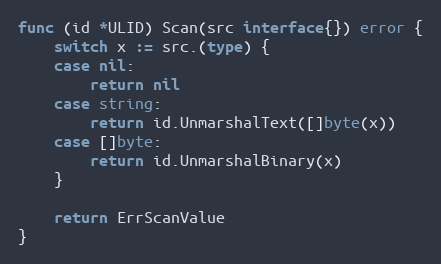
Language: Go
func (id *ULID) Scan(src interface{}) error {
	switch x := src.(type) {
	case nil:
		return nil
	case string:
		return id.UnmarshalText([]byte(x))
	case []byte:
		return id.UnmarshalBinary(x)
	}

	return ErrScanValue
}